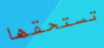
تستحقها